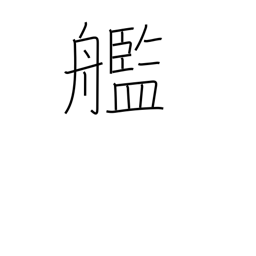
Meaning: warship